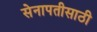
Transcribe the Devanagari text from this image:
सेनापतीसाठी